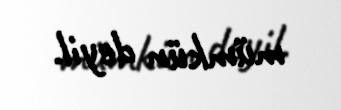
mümkün deyil.